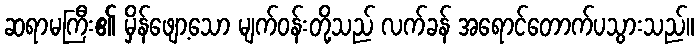
ဆရာမကြီး၏ မှိန်ဖျော့သော မျက်ဝန်းတို့သည် လက်ခန် အရောင်တောက်ပသွားသည်။